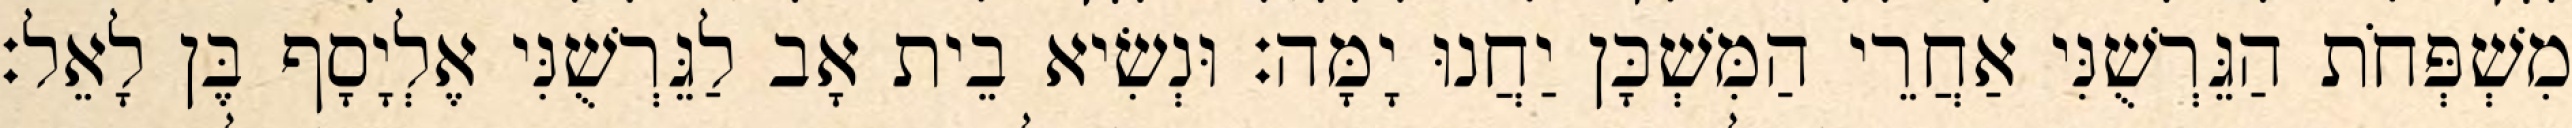
מִשְׁפְּחֹת הַגֵּרְשֻׁנִּי אַחֲרֵי הַמִּשְׁכָּן יַחֲנוּ יָמָּה׃ וּנְשִׂיא בֵית אָב לַגֵּרְשֻׁנִּי אֶלְיָסָף בֶּן לָאֵל׃